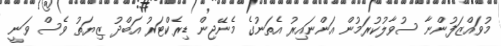
މުވައްޒަފުންނާ ސުވާލުކުރަމުން އަންނައިރު އެތަނުގެ މެނޭޖިން ޑިރެކްޓަރު އަބްދު ޒިޔަތު ވެސް ވަނީ